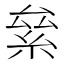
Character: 絫